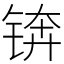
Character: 锛